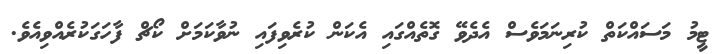
ޓީމު މަސައްކަތް ކުރިނަމަވެސް އެދެވޭ ގޮތެއްގައި އެކަން ކުރެވިފައި ނުވާކަމަށް ކޯޗް ފާހަގަކުރެއްވިއެވެ.